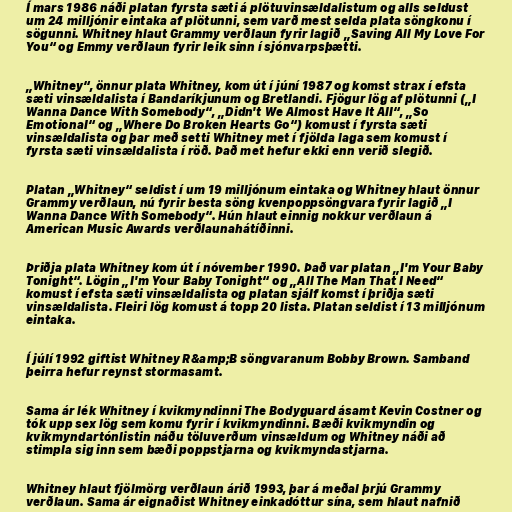
Í mars 1986 náði platan fyrsta sæti á plötuvinsældalistum og alls seldust
um 24 milljónir eintaka af plötunni, sem varð mest selda plata söngkonu í
sögunni. Whitney hlaut Grammy verðlaun fyrir lagið „Saving All My Love For
You“ og Emmy verðlaun fyrir leik sinn í sjónvarpsþætti.

„Whitney“, önnur plata Whitney, kom út í júní 1987 og komst strax í efsta
sæti vinsældalista í Bandaríkjunum og Bretlandi. Fjögur lög af plötunni („I
Wanna Dance With Somebody“, „Didn't We Almost Have It All“, „So
Emotional“ og „Where Do Broken Hearts Go“) komust í fyrsta sæti
vinsældalista og þar með setti Whitney met í fjölda laga sem komust í
fyrsta sæti vinsældalista í röð. Það met hefur ekki enn verið slegið.

Platan „Whitney“ seldist í um 19 milljónum eintaka og Whitney hlaut önnur
Grammy verðlaun, nú fyrir besta söng kvenpoppsöngvara fyrir lagið „I
Wanna Dance With Somebody“. Hún hlaut einnig nokkur verðlaun á
American Music Awards verðlaunahátíðinni.

Þriðja plata Whitney kom út í nóvember 1990. Það var platan „I'm Your Baby
Tonight“. Lögin „I'm Your Baby Tonight“ og „All The Man That I Need“
komust í efsta sæti vinsældalista og platan sjálf komst í þriðja sæti
vinsældalista. Fleiri lög komust á topp 20 lista. Platan seldist í 13 milljónum
eintaka.

Í júlí 1992 giftist Whitney R&amp;B söngvaranum Bobby Brown. Samband
þeirra hefur reynst stormasamt.

Sama ár lék Whitney í kvikmyndinni The Bodyguard ásamt Kevin Costner og
tók upp sex lög sem komu fyrir í kvikmyndinni. Bæði kvikmyndin og
kvikmyndartónlistin náðu töluverðum vinsældum og Whitney náði að
stimpla sig inn sem bæði poppstjarna og kvikmyndastjarna.

Whitney hlaut fjölmörg verðlaun árið 1993, þar á meðal þrjú Grammy
verðlaun. Sama ár eignaðist Whitney einkadóttur sína, sem hlaut nafnið